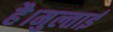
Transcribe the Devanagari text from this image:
है।मुल्ताई